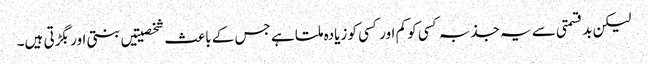
لیکن بدقسمتی سے یہ جذبہ کسی کو کم اور کسی کو زیادہ ملتا ہے جس کے باعث شخصیتیں بنتی اور بگڑتی ہیں۔